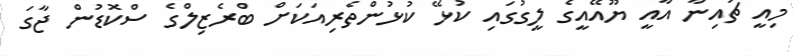
މިއީ ޗައިނާ އާއީ ޔޫއޭއީގެ ލީގުގައި ކުޅޭ ކުޅުންތެރިއަކަށް ބްރެޒިލްގެ ސްކޮޑުން ޖާގަ